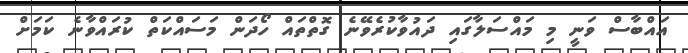
އައްބާސް ވަނީ މި މައްސަލާގައި ދައުވާކުރެވޭނެ ގޮތްތައް ހޯދަން މަސައްކަތް ކުރައްވާނެ ކަމަށް